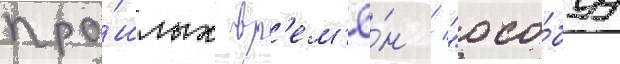
про́шлых вр'ем'ё́н / "осо́буу